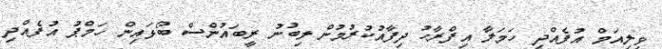
ވިލިއަމް އުފެއްދި ހަމަލާ އިފްރާހު ދިފާއުކުރުމުން ލިބުނު ރީބައުންސް ބޯޅައިން ހަމްޕު އުފެއްދި